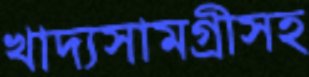
খাদ্যসামগ্রীসহ